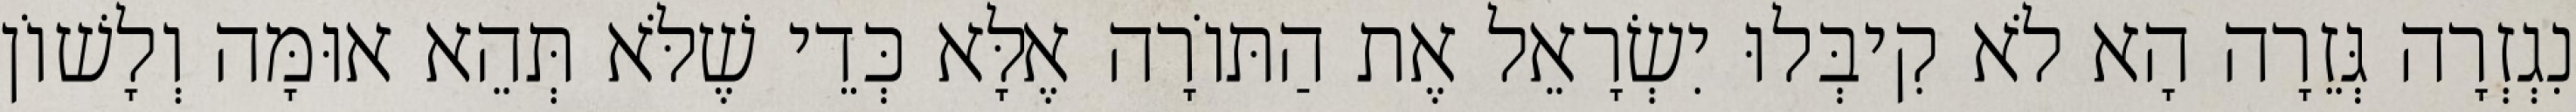
נִגְזְרָה גְּזֵרָה הָא לֹא קִיבְּלוּ יִשְׂרָאֵל אֶת הַתּוֹרָה אֶלָּא כְּדֵי שֶׁלֹּא תְּהֵא אוּמָּה וְלָשׁוֹן